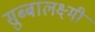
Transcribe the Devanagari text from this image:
सुब्बालक्ष्मी